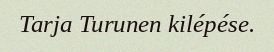
Tarja Turunen kilépése.